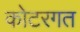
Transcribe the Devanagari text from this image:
कोटरगत